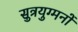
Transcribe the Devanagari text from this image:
सुत्रयुग्मनों